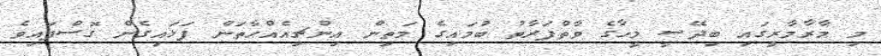
މި މާރާމާރީގައި ބިދޭސީ މީހާގެ ވާތްފަރާތު ބުމައިގެ މަތިން އިންޗިއެއްހާތަން ފަޅައިގެން ގޮސްފައިވެ